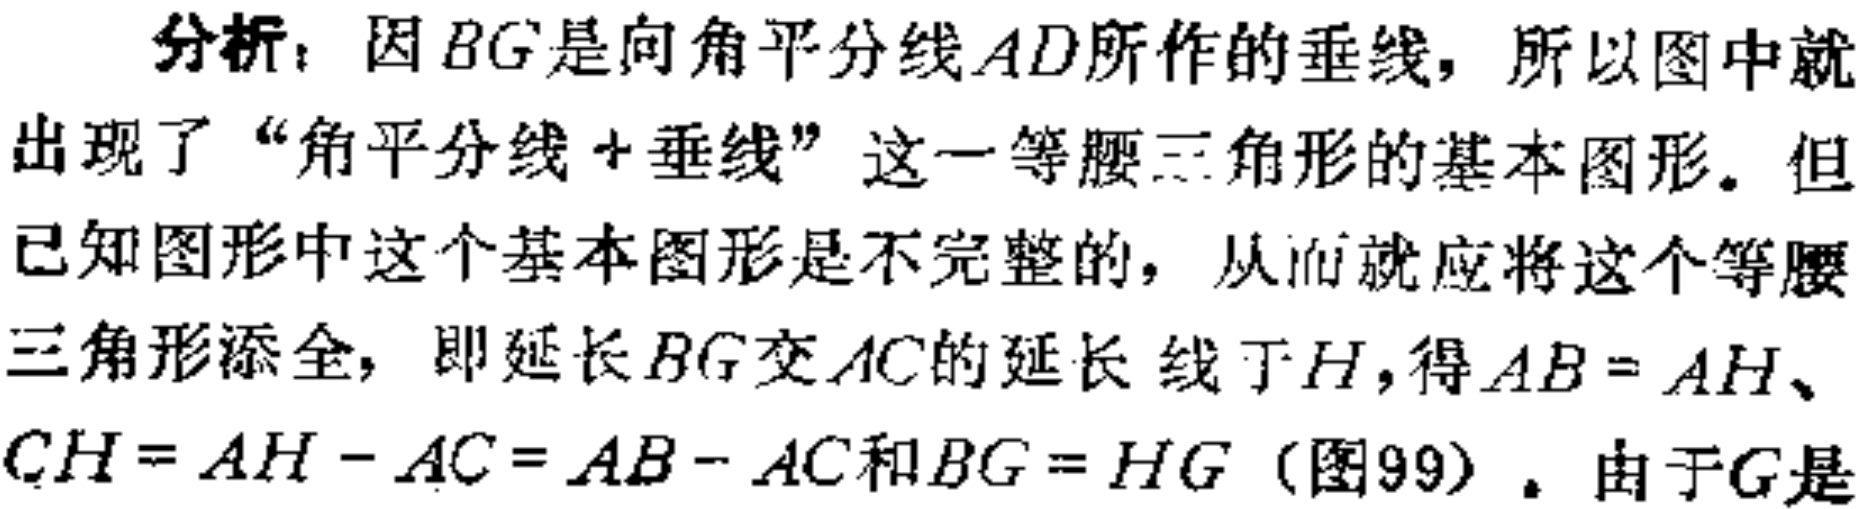
分析：因\(BG\)是向角平分线\(AD\)所作的垂线，所以图中就出现了“角平分线+垂线”这一等腰三角形的基本图形。但已知图形中这个基本图形是不完整的，从而就应将这个等腰三角形添全，即延长\(BG\)交\(AC\)的延长 线于\(H\)，得\(AB = AH\)、\(CH = AH - AC = AB - AC\)和\(BG = HG\)（图99）。由于\(G\)是